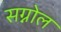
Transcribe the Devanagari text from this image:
सग्नोल